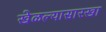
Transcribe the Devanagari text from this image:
खेळल्यासारखा